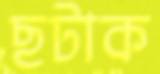
ছটাক